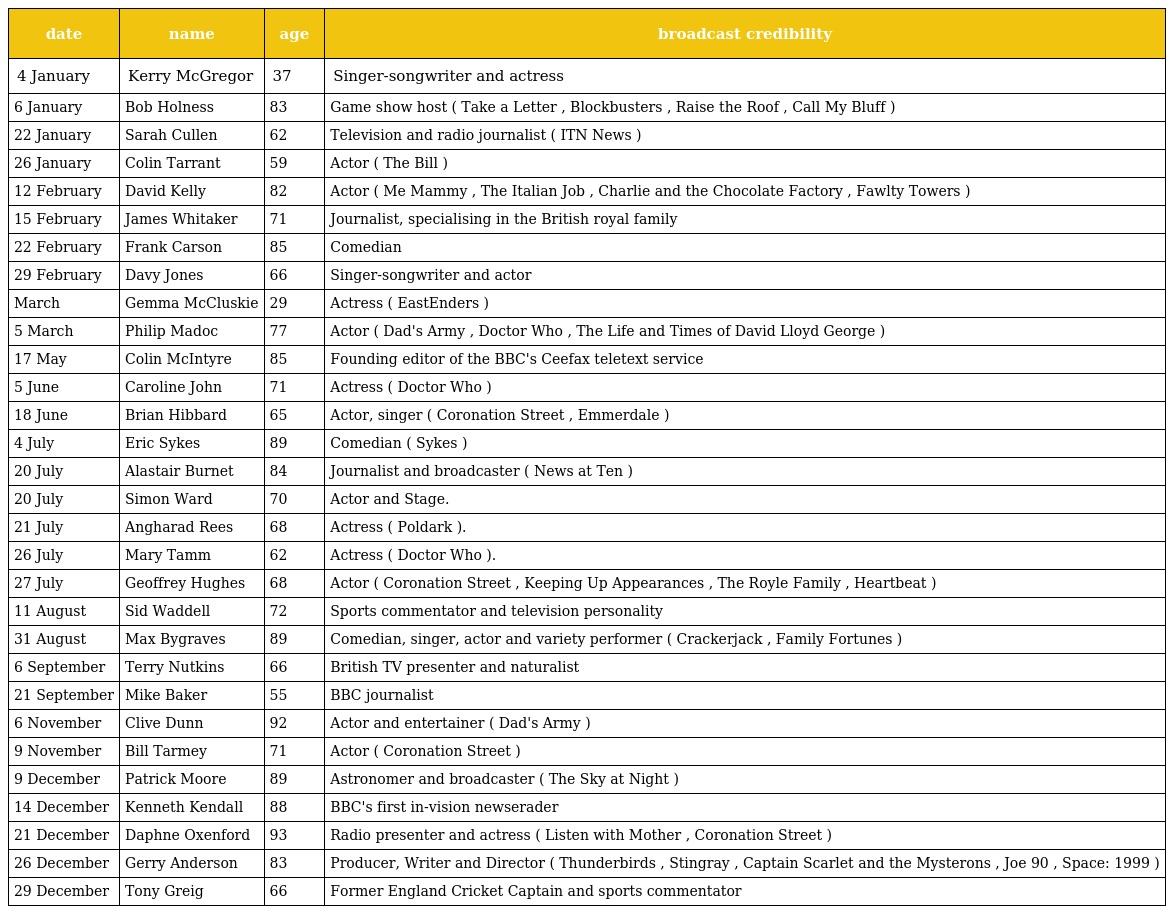
| date | name | age | broadcast credibility |
 | --- | --- | --- | --- |
 | 4 January | Kerry McGregor | 37 | Singer-songwriter and actress |
 | 6 January | Bob Holness | 83 | Game show host ( Take a Letter , Blockbusters , Raise the Roof , Call My Bluff ) |
 | 22 January | Sarah Cullen | 62 | Television and radio journalist ( ITN News ) |
 | 26 January | Colin Tarrant | 59 | Actor ( The Bill ) |
 | 12 February | David Kelly | 82 | Actor ( Me Mammy , The Italian Job , Charlie and the Chocolate Factory , Fawlty Towers ) |
 | 15 February | James Whitaker | 71 | Journalist, specialising in the British royal family |
 | 22 February | Frank Carson | 85 | Comedian |
 | 29 February | Davy Jones | 66 | Singer-songwriter and actor |
 | March | Gemma McCluskie | 29 | Actress ( EastEnders ) |
 | 5 March | Philip Madoc | 77 | Actor ( Dad's Army , Doctor Who , The Life and Times of David Lloyd George ) |
 | 17 May | Colin McIntyre | 85 | Founding editor of the BBC's Ceefax teletext service |
 | 5 June | Caroline John | 71 | Actress ( Doctor Who ) |
 | 18 June | Brian Hibbard | 65 | Actor, singer ( Coronation Street , Emmerdale ) |
 | 4 July | Eric Sykes | 89 | Comedian ( Sykes ) |
 | 20 July | Alastair Burnet | 84 | Journalist and broadcaster ( News at Ten ) |
 | 20 July | Simon Ward | 70 | Actor and Stage. |
 | 21 July | Angharad Rees | 68 | Actress ( Poldark ). |
 | 26 July | Mary Tamm | 62 | Actress ( Doctor Who ). |
 | 27 July | Geoffrey Hughes | 68 | Actor ( Coronation Street , Keeping Up Appearances , The Royle Family , Heartbeat ) |
 | 11 August | Sid Waddell | 72 | Sports commentator and television personality |
 | 31 August | Max Bygraves | 89 | Comedian, singer, actor and variety performer ( Crackerjack , Family Fortunes ) |
 | 6 September | Terry Nutkins | 66 | British TV presenter and naturalist |
 | 21 September | Mike Baker | 55 | BBC journalist |
 | 6 November | Clive Dunn | 92 | Actor and entertainer ( Dad's Army ) |
 | 9 November | Bill Tarmey | 71 | Actor ( Coronation Street ) |
 | 9 December | Patrick Moore | 89 | Astronomer and broadcaster ( The Sky at Night ) |
 | 14 December | Kenneth Kendall | 88 | BBC's first in-vision newserader |
 | 21 December | Daphne Oxenford | 93 | Radio presenter and actress ( Listen with Mother , Coronation Street ) |
 | 26 December | Gerry Anderson | 83 | Producer, Writer and Director ( Thunderbirds , Stingray , Captain Scarlet and the Mysterons , Joe 90 , Space: 1999 ) |
 | 29 December | Tony Greig | 66 | Former England Cricket Captain and sports commentator |